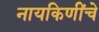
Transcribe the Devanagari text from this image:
नायकिणींचे